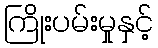
ကြိုးပမ်းမှုနှင့်